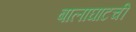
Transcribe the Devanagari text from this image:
बालाघाटची